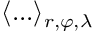
\langle . . . \rangle _ { r , \varphi , \lambda }